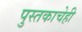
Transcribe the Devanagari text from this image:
पुस्तकाचेही